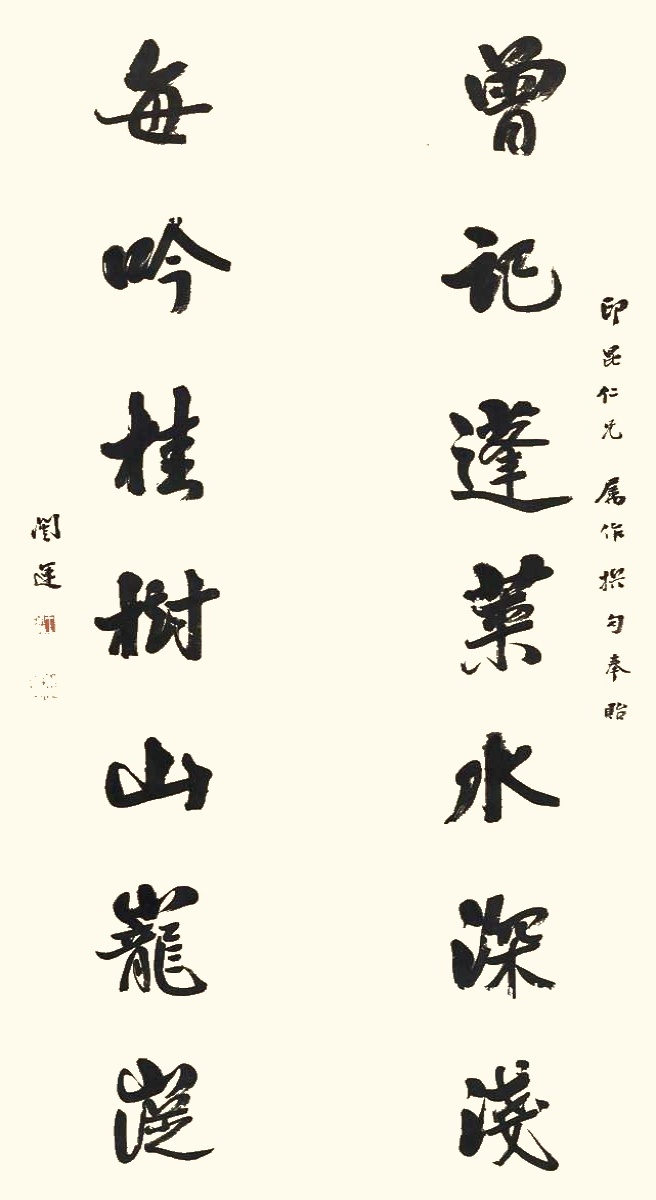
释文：曾记蓬莱水深浅，每吟桂树山巃嵸。印昆仁兄属作撰句奉贻。闿运。